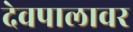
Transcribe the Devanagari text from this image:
देवपालावर